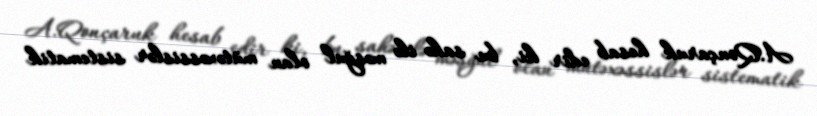
A.Qonçaruk hesab edir ki, bu sahə ilə məşğul olan mütəxəssislər sistematik